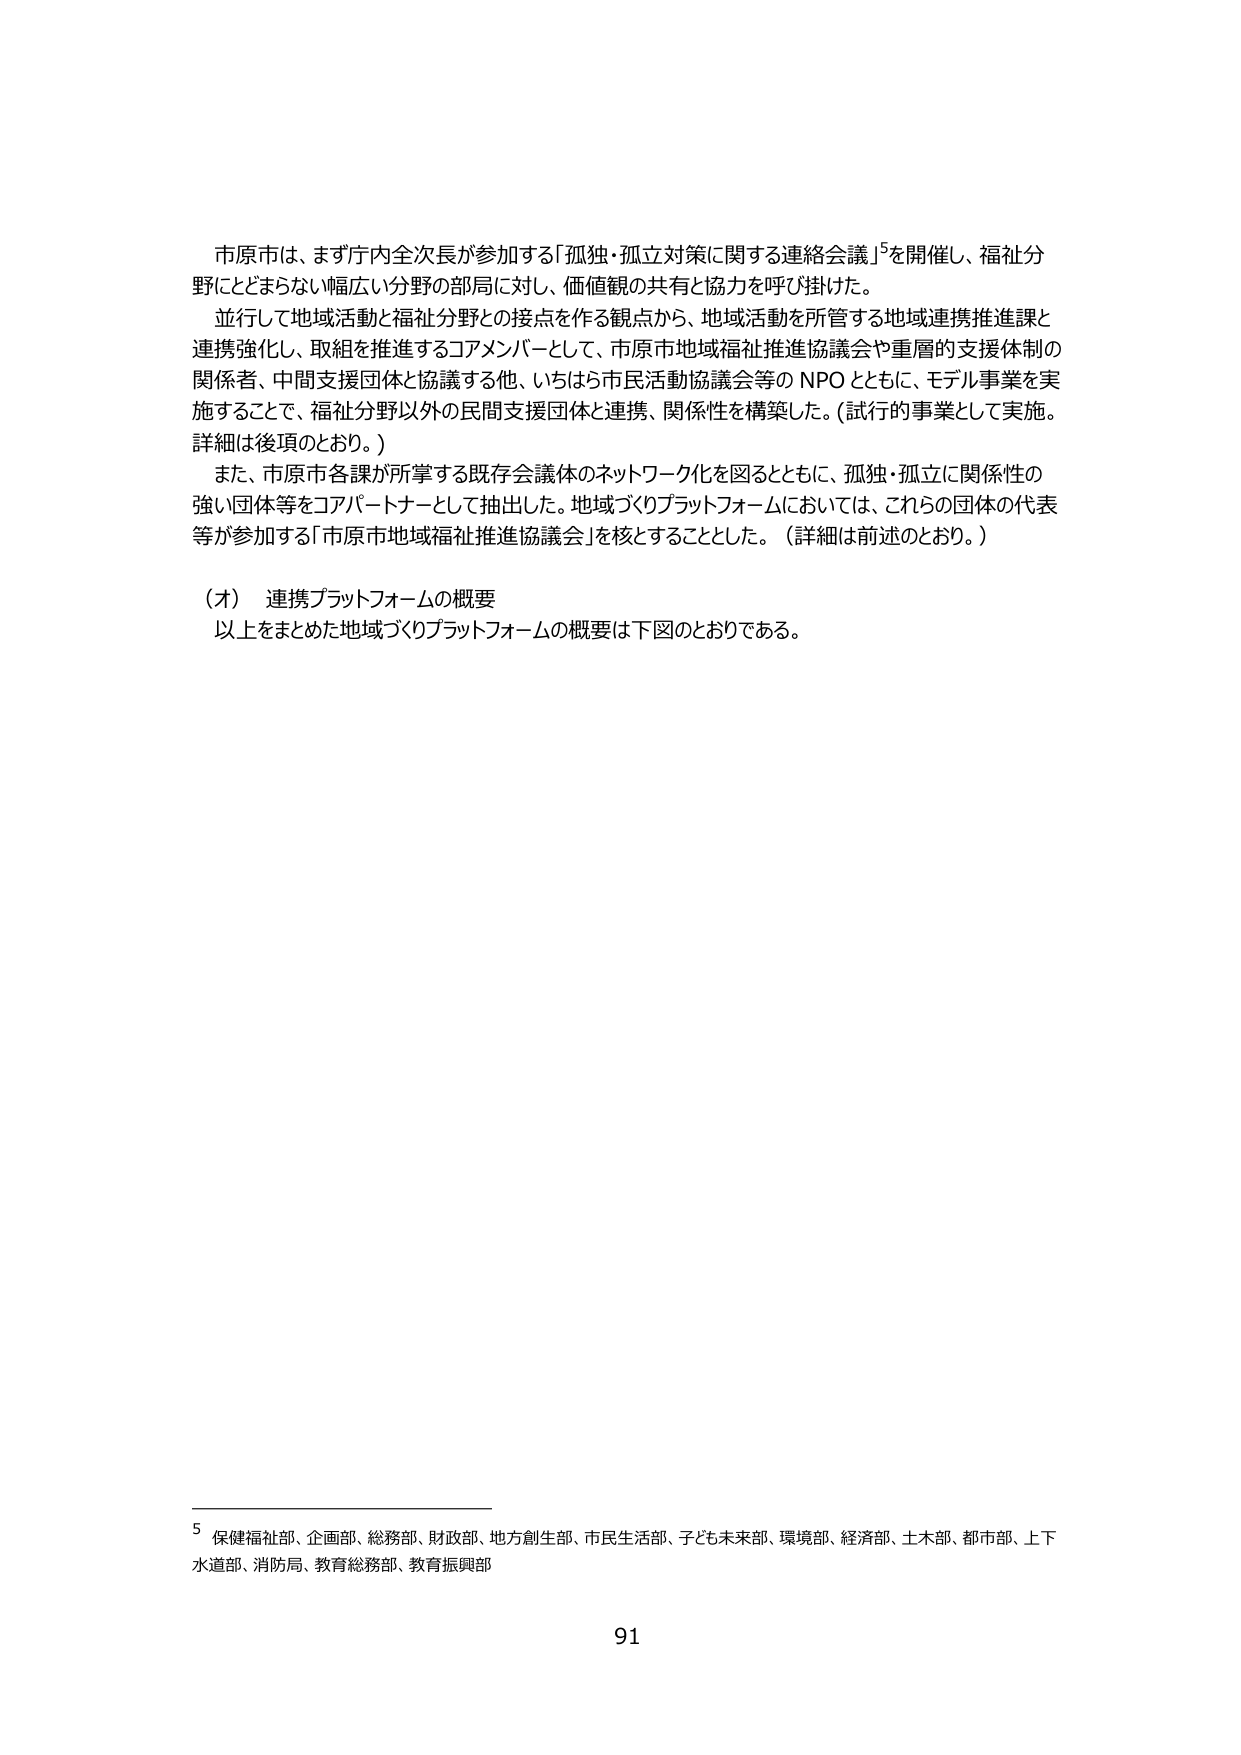
市原市は、まず庁内全次長が参加する「孤独・孤立対策に関する連絡会議」⁵を開催し、福祉分野にとどまらない幅広い分野の部局に対し、価値観の共有と協力を呼び掛けた。

並行して地域活動と福祉分野との接点を作る観点から、地域活動を所管する地域連携推進課と連携強化し、取組を推進するコアメンバーとして、市原市地域福祉推進協議会や重層的支援体制の関係者、中間支援団体と協議する他、いちはら市民活動協議会等のNPOとともに、モデル事業を実施することで、福祉分野以外の民間支援団体と連携、関係性を構築した。（試行的事業として実施。詳細は後項のとおり。）

また、市原市各課が所掌する既存会議体のネットワーク化を図るとともに、孤独・孤立に関係性の強い団体等をコアパートナーとして抽出した。地域づくりプラットフォームにおいては、これらの団体の代表等が参加する「市原市地域福祉推進協議会」を核とすることとした。（詳細は前述のとおり。）

（オ） 連携プラットフォームの概要
以上をまとめた地域づくりプラットフォームの概要は下図のとおりである。

⁵ 保健福祉部、企画部、総務部、財政部、地方創生部、市民生活部、子ども未来部、環境部、経済部、土木部、都市部、上下水道部、消防局、教育総務部、教育振興部

91